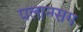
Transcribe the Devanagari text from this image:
पलान्ग्सग